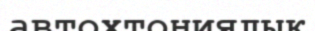
автохтониялық